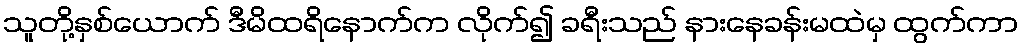
သူတို့နှစ်ယောက် ဒီမိထရိနောက်က လိုက်၍ ခရီးသည် နားနေခန်းမထဲမှ ထွက်ကာ